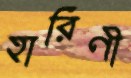
হারিণী